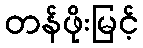
တန်ဖိုးမြင့်